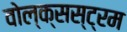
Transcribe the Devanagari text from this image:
वोल्क्सस्ट्रम